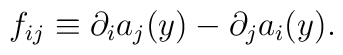
f_{ij} \equiv \partial_i a_j(y) - \partial_j a_i(y).